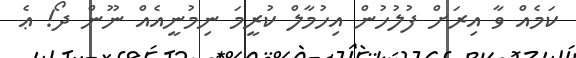
ކަމެއް ވާ އިރަށް ފުލުހުން އިހުމާލް ކުރީމަ ނިމުނީއެއް ނޫން ދޯ! ޢެ